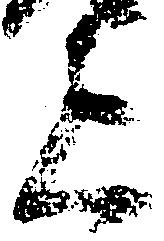
上